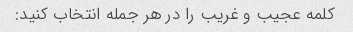
کلمه عجیب و غریب را در هر جمله انتخاب کنید: